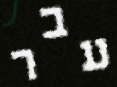
עבר